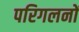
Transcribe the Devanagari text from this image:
परिगलनों